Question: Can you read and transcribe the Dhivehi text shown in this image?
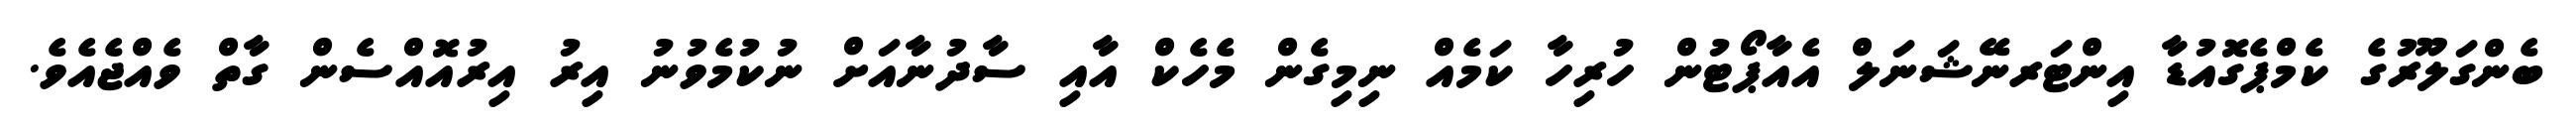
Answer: ބެންގަލޫރުގެ ކެމްޕެގޮއުޑާ އިންޓަރނޭޝަނަލް އެއާޕޯޓުން ހުރިހާ ކަމެއް ނިމިގެން މެހެކް އާއި ސާދުނާއަށް ނުކުމެވުނު އިރު އިރުއޮއްސެން ގާތް ވެއްޖެއެވެ.